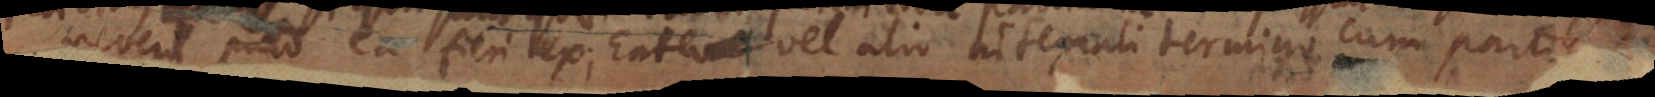
revera puto ea fieri ex Ente vel alio integrali termino cum parti